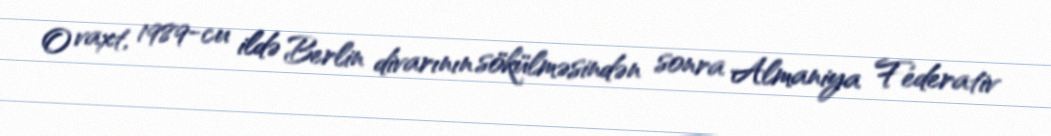
O vaxt, 1989-cu ildə Berlin divarının sökülməsindən sonra Almaniya Federativ